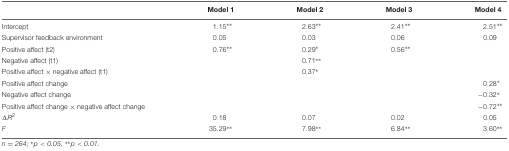
|  | Model 1 | Model 2 | Model 3 | Model 4 |
 | --- | --- | --- | --- | --- |
 | Intercept | 1.15** | 2.63** | 2.41** | 2.51** |
 | Supervisor feedback environment | 0.05 | 0.03 | 0.06 | 0.09 |
 | Positive affect (t2) | 0.76** | 0.29* | 0.56** |  |
 | Negative affect (t1) |  | 0.71** |  |  |
 | Positive affect × negative affect (t1) |  | 0.37* |  |  |
 | Positive affect change |  |  |  | 0.28* |
 | Negative affect change |  |  |  | -0.32* |
 | Positive affect change × negative affect change |  |  |  | -0.72** |
 | ΔR2 | 0.18 | 0.07 | 0.02 | 0.05 |
 | F | 35.29** | 7.98** | 6.84** | 3.60** |